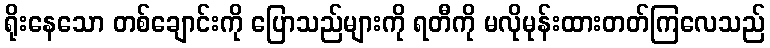
ရိုးနေသော တစ်ချောင်းကို ပြောသည်များကို ရတီကို မလိုမုန်းထားတတ်ကြလေသည်